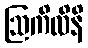
ဩကိလိနိ